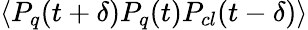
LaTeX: \langle P_{q}(t+\delta)P_{q}(t)P_{cl}(t-\delta)\rangle